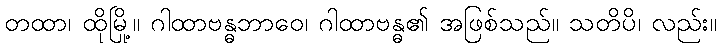
တထာ၊ ထိုမြို့။ ဂါထာဗန္ဓဘာဝေ၊ ဂါထာဗန္ဓ၏ အဖြစ်သည်။ သတိပိ၊ လည်း။